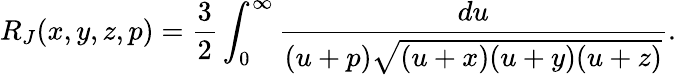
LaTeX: R_{J}(x,y,z,p)=\frac{3}{2}\int_{0}^{\infty}\frac{du}{(u+p)\sqrt{(u+x)(u+y)(u+z)}}.